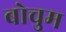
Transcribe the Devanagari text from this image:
बोचुम